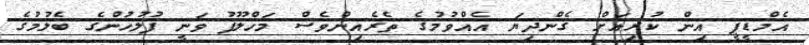
އެމްޑީޕީ އިން ކުރިއަށް ގެންދިޔަ އެއްވުމުގެ ތެރެއިންވެސް މަހްލޫފު ވަނީ ފުލުހުންގެ ބެލުމުގެ